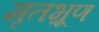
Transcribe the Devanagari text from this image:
मृतभ्रूण